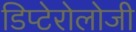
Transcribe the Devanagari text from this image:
डिप्टेरोलोजी